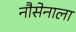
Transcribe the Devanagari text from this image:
नौसेनाला